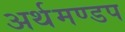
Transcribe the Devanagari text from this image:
अर्थमण्डप